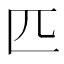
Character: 匹